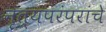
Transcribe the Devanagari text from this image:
नृत्यपरंपरांचे